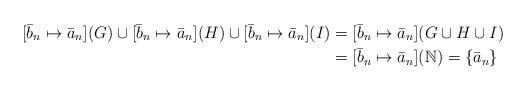
LaTeX: \begin{align*}[\bar{b}_n \mapsto \bar{a}_n](G) \cup [\bar{b}_n \mapsto \bar{a}_n](H) \cup [\bar{b}_n \mapsto \bar{a}_n](I) &= [\bar{b}_n \mapsto \bar{a}_n](G \cup H \cup I)\\&=[\bar{b}_n \mapsto \bar{a}_n](\mathbb{N}) = \{\bar{a}_n\}\end{align*}